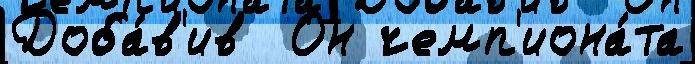
Доба́в'ив  Он чемп'иона́та